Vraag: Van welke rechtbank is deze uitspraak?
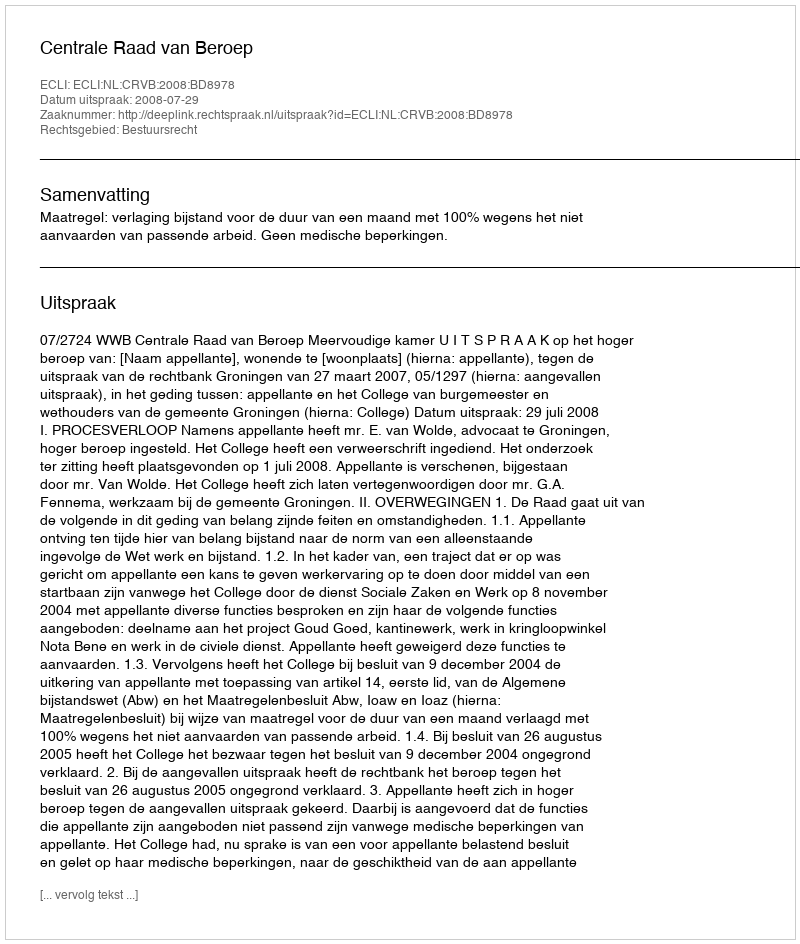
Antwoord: Centrale Raad van Beroep